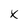
Character: x